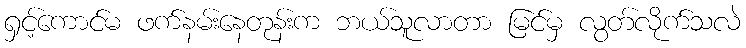
ရှင့်ကောင်မ ဖက်နမ်းနေတုန်းက ဘယ်သူလာတာ မြင်မှ လွတ်လိုက်သလဲ